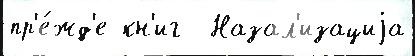
пр'е́жд'е кн'иг  Назал'изациjа